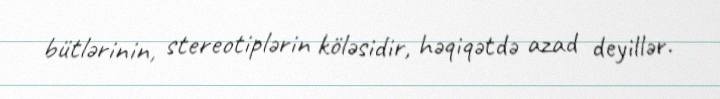
bütlərinin, stereotiplərin köləsidir, həqiqətdə azad deyillər.